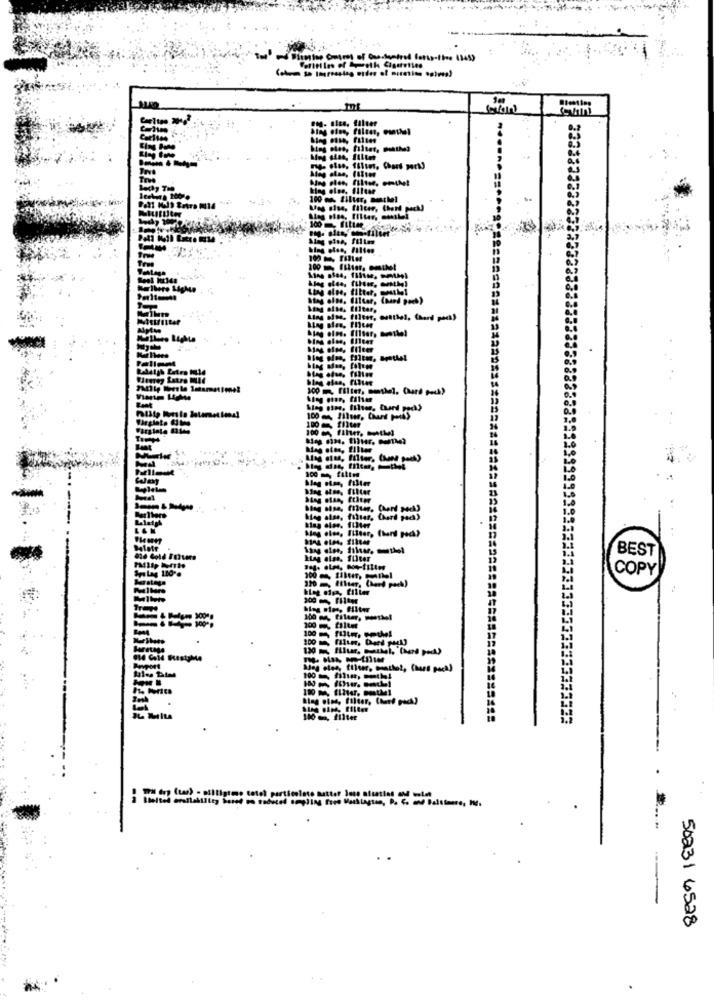
333
hing eles, filles, pohthe?
Sig eine, filim
100 m, TIlM
200 Illier. omtlust
Ling also, fitter, othel
Latro
100 flur
100 m, filter, Moltiel
100 filles
BEST
low
Hag also. filter
COPY
Mag pies, Filter, Chef pack)
50231 6528